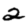
Digit: 2